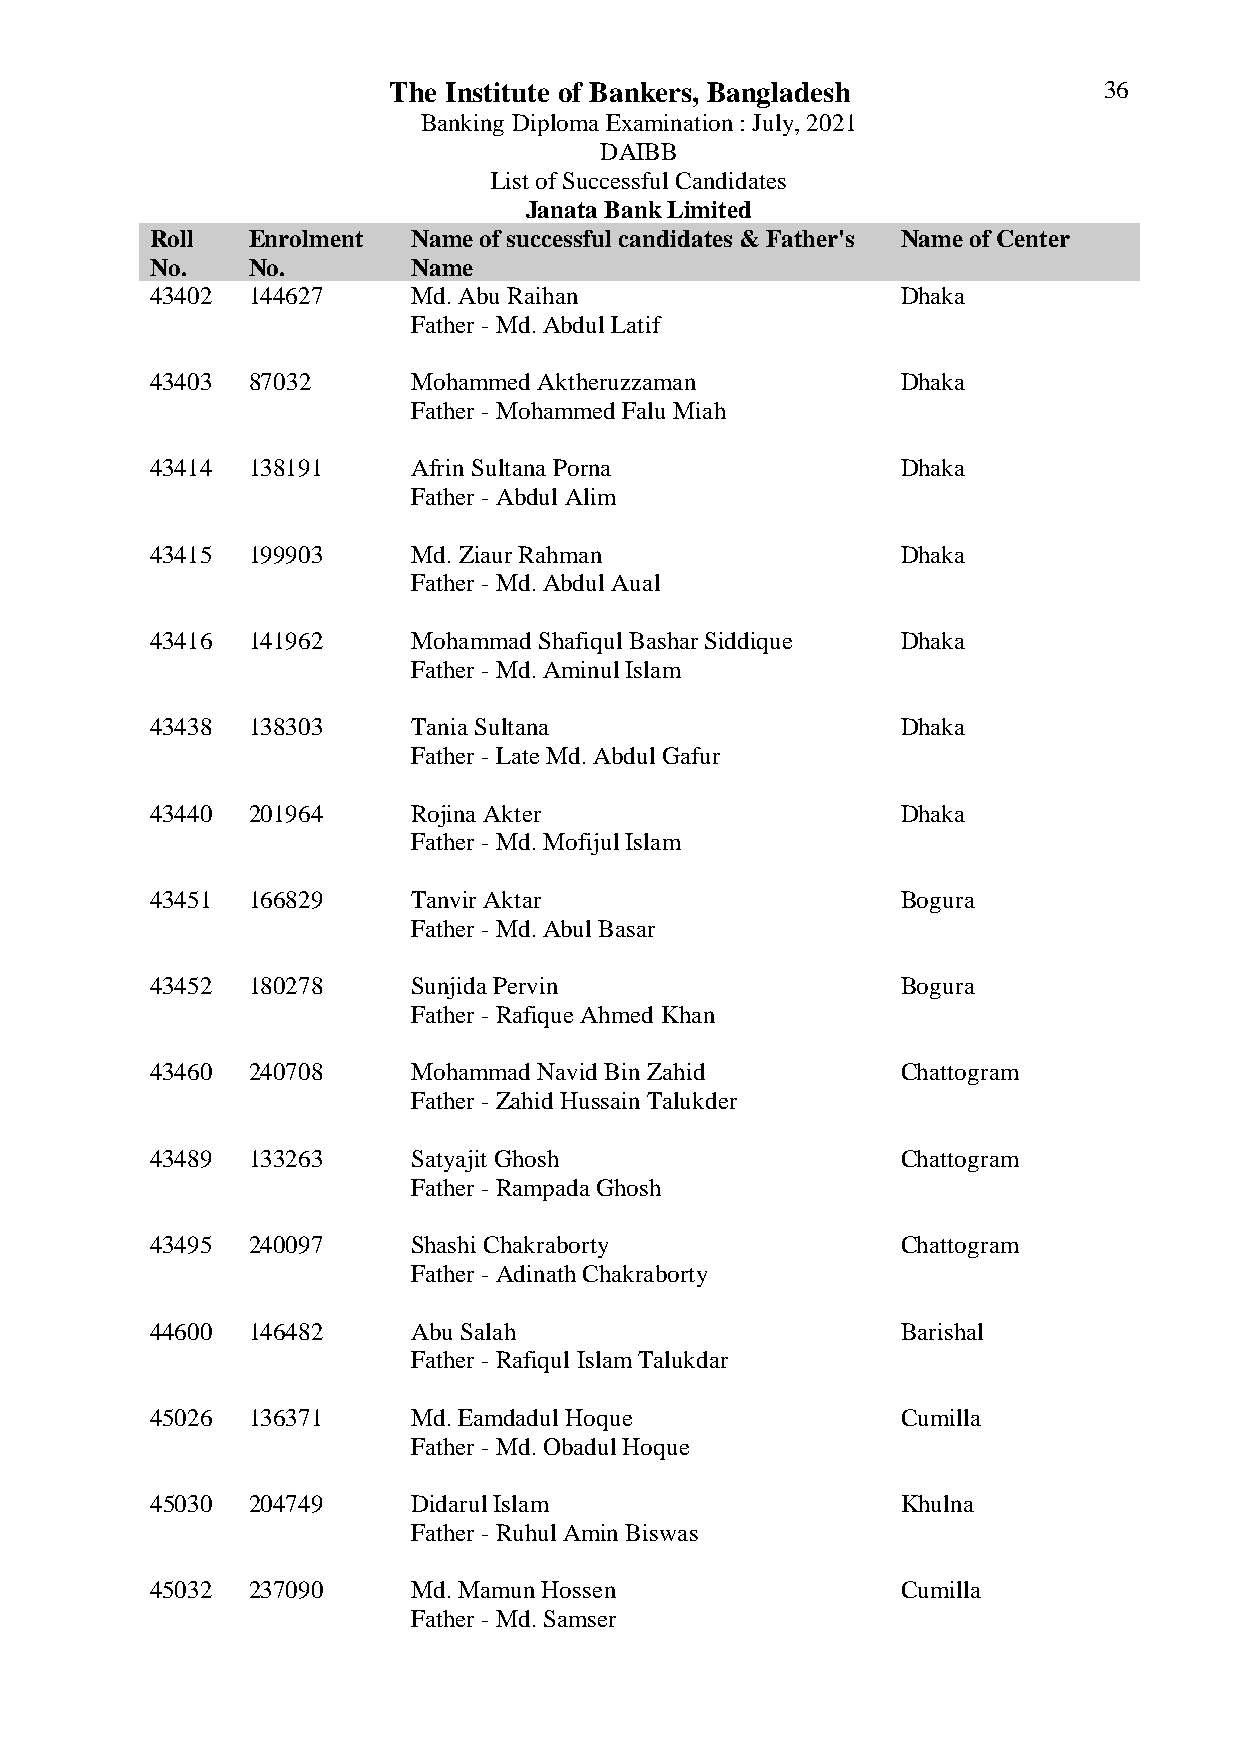
The Institute of Bankers, Bangladesh           36
 Banking Diploma Examination : July, 2021
 DAIBB
 List of Successful Candidates
 Janata Bank Limited
 Roll  Enrolment  Name of successful candidates & Father's Name of Center
 No.   No.        Name
 43402 144627     Md. Abu Raihan                   Dhaka
 Father - Md. Abdul Latif
 43403 87032      Mohammed Aktheruzzaman           Dhaka
 Father - Mohammed Falu Miah
 43414 138191     Afrin Sultana Porna              Dhaka
 Father - Abdul Alim
 43415 199903     Md. Ziaur Rahman                 Dhaka
 Father - Md. Abdul Aual
 43416 141962     Mohammad Shafiqul Bashar Siddique Dhaka
 Father - Md. Aminul Islam
 43438 138303     Tania Sultana                    Dhaka
 Father - Late Md. Abdul Gafur
 43440 201964     Rojina Akter                     Dhaka
 Father - Md. Mofijul Islam
 43451 166829     Tanvir Aktar                     Bogura
 Father - Md. Abul Basar
 43452 180278     Sunjida Pervin                   Bogura
 Father - Rafique Ahmed Khan
 43460 240708     Mohammad Navid Bin Zahid         Chattogram
 Father - Zahid Hussain Talukder
 43489 133263     Satyajit Ghosh                   Chattogram
 Father - Rampada Ghosh
 43495 240097     Shashi Chakraborty               Chattogram
 Father - Adinath Chakraborty
 44600 146482     Abu Salah                        Barishal
 Father - Rafiqul Islam Talukdar
 45026 136371     Md. Eamdadul Hoque               Cumilla
 Father - Md. Obadul Hoque
 45030 204749     Didarul Islam                    Khulna
 Father - Ruhul Amin Biswas
 45032 237090     Md. Mamun Hossen                 Cumilla
 Father - Md. Samser